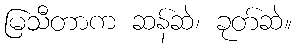
မြသီတာက ဆန်ဆဲ၊ ခုတ်ဆဲ။